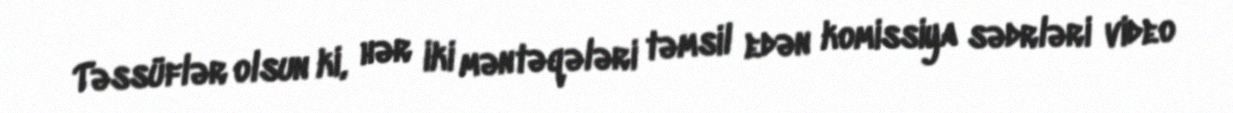
Təssüflər olsun ki, hər iki məntəqələri təmsil edən komissiya sədrləri video